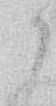
か